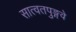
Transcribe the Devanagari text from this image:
सात्वतपुङ्गवे